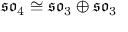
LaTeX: { \mathfrak { s o } } _ { 4 } \cong { \mathfrak { s o } } _ { 3 } \oplus { \mathfrak { s o } } _ { 3 }